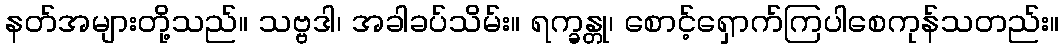
နတ်အများတို့သည်။ သဗ္ဗဒါ၊ အခါခပ်သိမ်း။ ရက္ခန္တု၊ စောင့်ရှောက်ကြပါစေကုန်သတည်း။